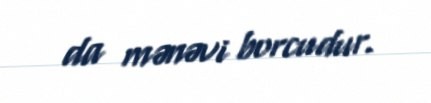
da mənəvi borcudur.